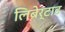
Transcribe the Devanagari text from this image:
लिबेर्टाड